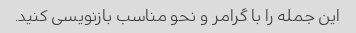
این جمله را با گرامر و نحو مناسب بازنویسی کنید.